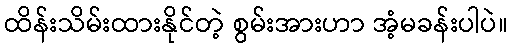
ထိန်းသိမ်းထားနိုင်တဲ့ စွမ်းအားဟာ အံ့မခန်းပါပဲ။